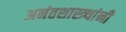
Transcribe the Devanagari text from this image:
अनंतशास्त्र्यांनी